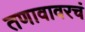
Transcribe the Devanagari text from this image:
तणावावरचं